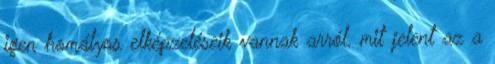
igen homályos elképzeléseik vannak arról, mit jelent az a